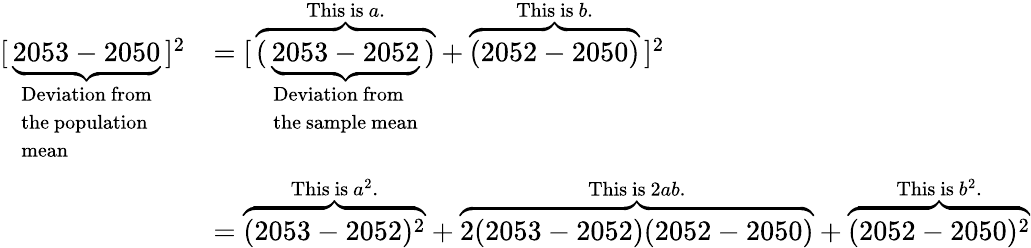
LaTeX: {\begin{array}{rl}{{[}\, \underbrace{2053-2050}_{\begin{array}{l}{{\mathrm{Deviation~from}}}\\ {{\mathrm{the~population}}}\\ {{\mathrm{mean}}}\end{array}}\, ]^{2}}&{=[\, \overbrace{(\, \underbrace{2053-2052}_{\begin{array}{l}{{\mathrm{Deviation~from}}}\\ {{\mathrm{the~sample~mean}}}\end{array}}\, )}^{{\mathrm{This~is~}}a.}+\overbrace{(2052-2050)}^{{\mathrm{This~is~}}b.}\, ]^{2}}\\ &{=\overbrace{(2053-2052)^{2}}^{{\mathrm{This~is~}}a^{2}.}+\overbrace{2(2053-2052)(2052-2050)}^{{\mathrm{This~is~}}2ab.}+\overbrace{(2052-2050)^{2}}^{{\mathrm{This~is~}}b^{2}.}}\end{array}}